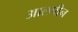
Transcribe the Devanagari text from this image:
आलपीन